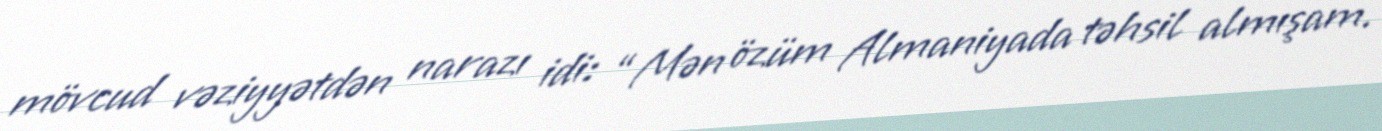
mövcud vəziyyətdən narazı idi: “Mən özüm Almaniyada təhsil almışam.